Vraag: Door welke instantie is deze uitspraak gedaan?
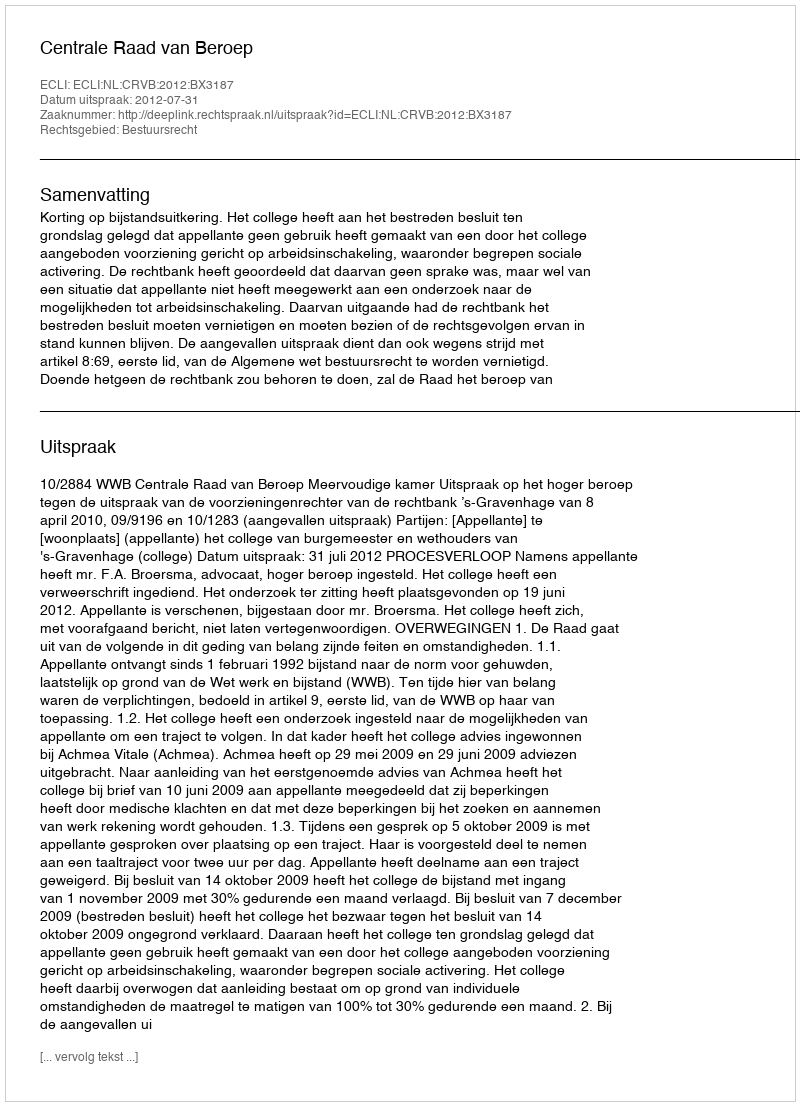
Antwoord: Centrale Raad van Beroep